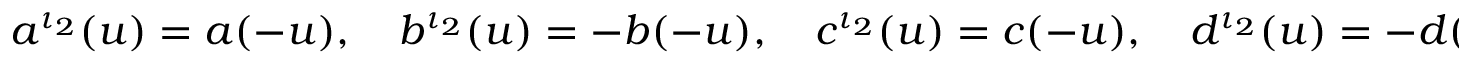
a ^ { \iota _ { 2 } } ( u ) = a ( - u ) , \quad b ^ { \iota _ { 2 } } ( u ) = - b ( - u ) , \quad c ^ { \iota _ { 2 } } ( u ) = c ( - u ) , \quad d ^ { \iota _ { 2 } } ( u ) = - d ( - u ) .